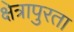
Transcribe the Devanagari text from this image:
क्षेत्रापुरता